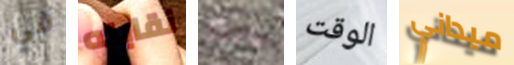
في نقابله كنت الوقت ميداني